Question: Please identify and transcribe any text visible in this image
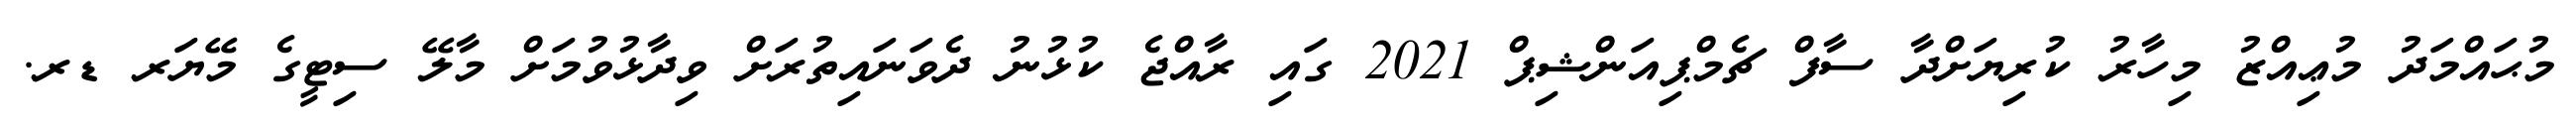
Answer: މުޙައްމަދު މުޢިއްޒު މިހާރު ކުރިޔަށްދާ ސާފް ޗެމްޕިއަންޝިޕް 2021 ގައި ރާއްޖެ ކުޅުނު ދެވަނައިތުރަށް ވިދާޅުވުމަށް މާލޭ ސިޓީގެ މޭޔަރ ޑރ.